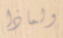
ولماذا